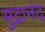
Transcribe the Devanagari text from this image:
मुद्रानंद